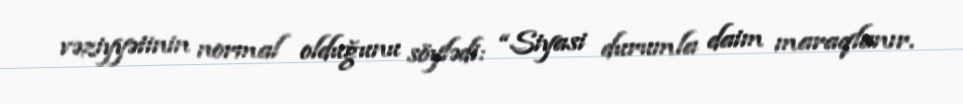
vəziyyətinin normal olduğunu söylədi: “Siyasi durumla daim maraqlanır.